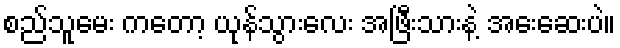
စည်သူမေး ကတော့ ယုန်သွားလေး အဖြီးသားနဲ့ အေးဆေးပဲ။